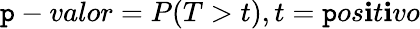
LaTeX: \mathtt{p}-valor=P(T>t),t=\mathtt{p}os\mathbf{i}t\mathbf{i}vo